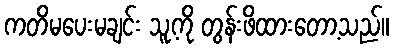
ကတိမပေးမချင်း သူ့ကို တွန်းဖိထားတော့သည်။